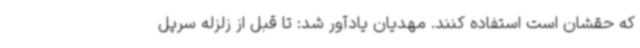
که حقشان است استفاده کنند. مهدیان یادآور شد: تا قبل از زلزله سرپل